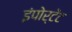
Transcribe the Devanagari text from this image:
इंपोर्टेंट